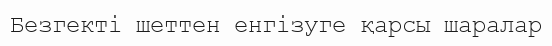
Безгекті шеттен енгізуге қарсы шаралар